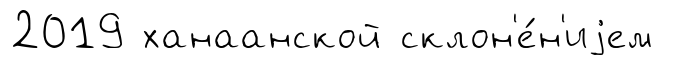
2019 ханаанской склон'е́н'иjем